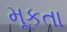
મૂકતા